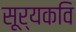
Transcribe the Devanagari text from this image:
सूर्यकवि